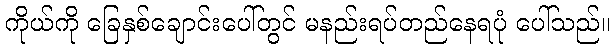
ကိုယ်ကို ခြေနှစ်ချောင်းပေါ်တွင် မနည်းရပ်တည်နေရပုံ ပေါ်သည်။